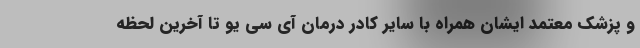
و پزشک معتمد ایشان همراه با سایر کادر درمان آی سی یو تا آخرین لحظه